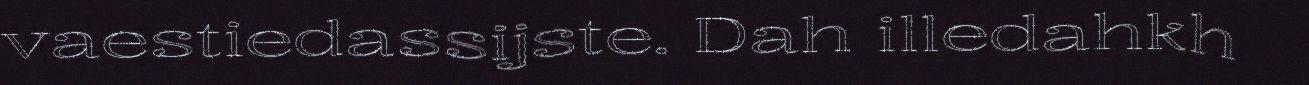
vaestiedassijste. Dah illedahkh